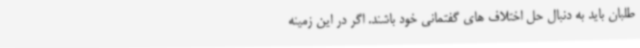
طلبان باید به دنبال حل اختلاف های گفتمانی خود باشند. اگر در این زمینه